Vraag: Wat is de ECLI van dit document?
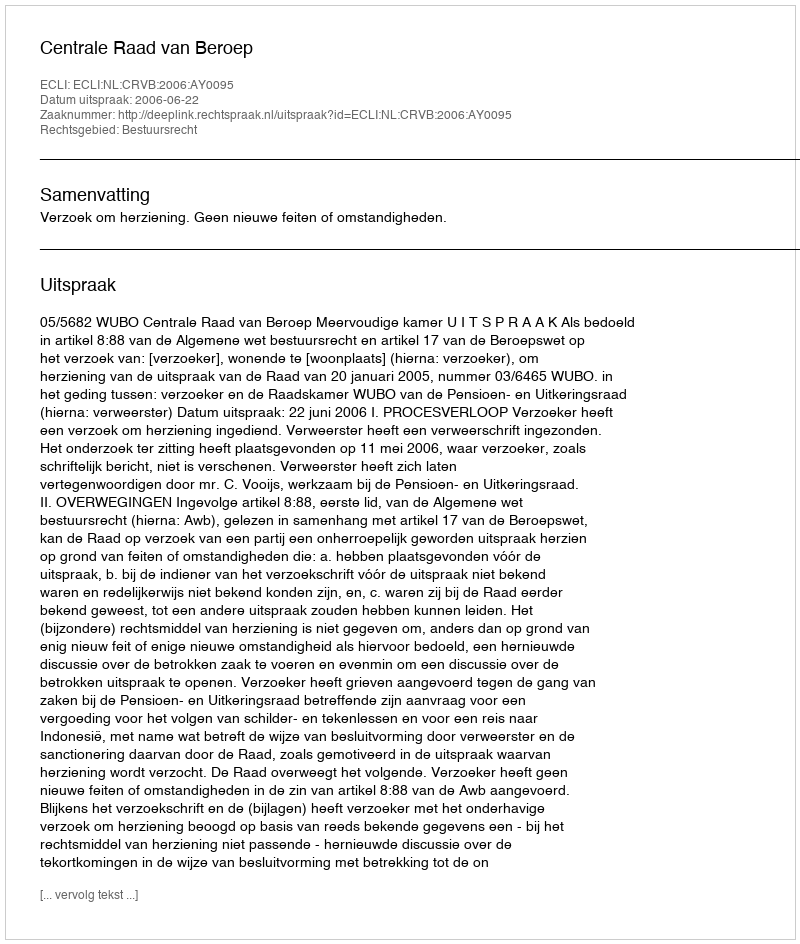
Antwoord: ECLI:NL:CRVB:2006:AY0095